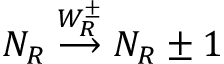
N _ { R } \stackrel { W _ { R } ^ { \pm } } { \longrightarrow } N _ { R } \pm 1